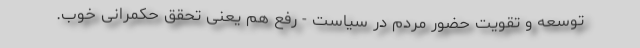
توسعه و تقویت حضور مردم در سیاست - رفع هم یعنی تحقق حکمرانی خوب.